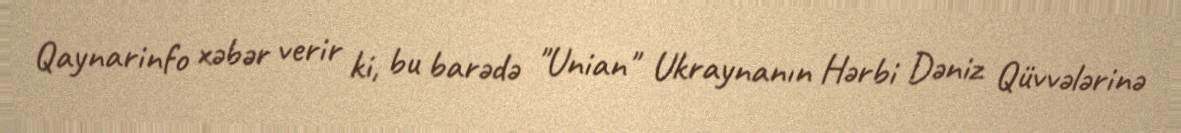
Qaynarinfo xəbər verir ki, bu barədə "Unian" Ukraynanın Hərbi Dəniz Qüvvələrinə